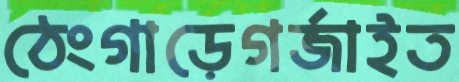
ঠেংগাড়েগর্জাইত